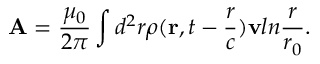
{ \bf A } = { \frac { \mu _ { 0 } } { 2 \pi } } \int d ^ { 2 } r \rho ( { \bf r } , t - { \frac { r } { c } } ) { \bf v } l n { \frac { r } { r _ { 0 } } } .